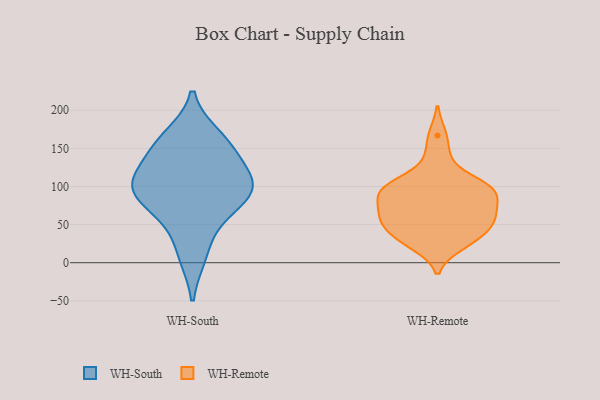
{"axis": {"x": "Backlog", "y": "Value"}, "legend": ["WH-Remote", "WH-South"], "data": [{"x": "", "y": 10, "type": "WH-South"}, {"x": "", "y": 101, "type": "WH-South"}, {"x": "", "y": 83, "type": "WH-South"}, {"x": "", "y": 98, "type": "WH-South"}, {"x": "", "y": 153, "type": "WH-South"}, {"x": "", "y": 55, "type": "WH-South"}, {"x": "", "y": 96, "type": "WH-South"}, {"x": "", "y": 143, "type": "WH-South"}, {"x": "", "y": 109, "type": "WH-South"}, {"x": "", "y": 165, "type": "WH-South"}, {"x": "", "y": 101, "type": "WH-Remote"}, {"x": "", "y": 38, "type": "WH-Remote"}, {"x": "", "y": 55, "type": "WH-Remote"}, {"x": "", "y": 56, "type": "WH-Remote"}, {"x": "", "y": 33, "type": "WH-Remote"}, {"x": "", "y": 103, "type": "WH-Remote"}, {"x": "", "y": 24, "type": "WH-Remote"}, {"x": "", "y": 58, "type": "WH-Remote"}, {"x": "", "y": 92, "type": "WH-Remote"}, {"x": "", "y": 70, "type": "WH-Remote"}, {"x": "", "y": 96, "type": "WH-Remote"}, {"x": "", "y": 28, "type": "WH-Remote"}, {"x": "", "y": 83, "type": "WH-Remote"}, {"x": "", "y": 70, "type": "WH-Remote"}, {"x": "", "y": 100, "type": "WH-Remote"}, {"x": "", "y": 138, "type": "WH-Remote"}, {"x": "", "y": 96, "type": "WH-Remote"}, {"x": "", "y": 167, "type": "WH-Remote"}, {"x": "", "y": 55, "type": "WH-Remote"}]}